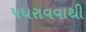
પધરાવવાથી